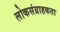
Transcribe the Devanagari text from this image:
लोकसंग्राहकता